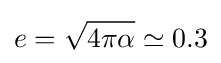
e={\sqrt {4\pi \alpha }}\simeq 0.3